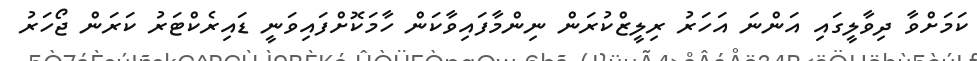
ކަމަށްވާ ދިވާލީގައި އަންނަ އަހަރު ރިލީޒްކުރަން ނިންމާފައިވާކަން ހާމަކޮށްފައިވަނީ ޑައިރެކްޓަރު ކަރަން ޖޯހަރު